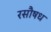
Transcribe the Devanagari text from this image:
रसौषध